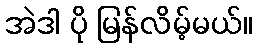
အဲဒါ ပို မြန်လိမ့်မယ်။